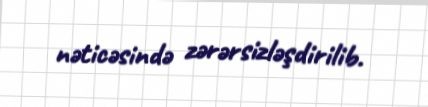
nəticəsində zərərsizləşdirilib.